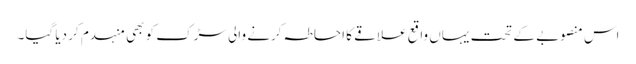
اس منصوبے کے تحت یہاں واقع علاقے کا احاطہ کرنے والی سڑک کو بھی منہدم کر دیا گیا۔